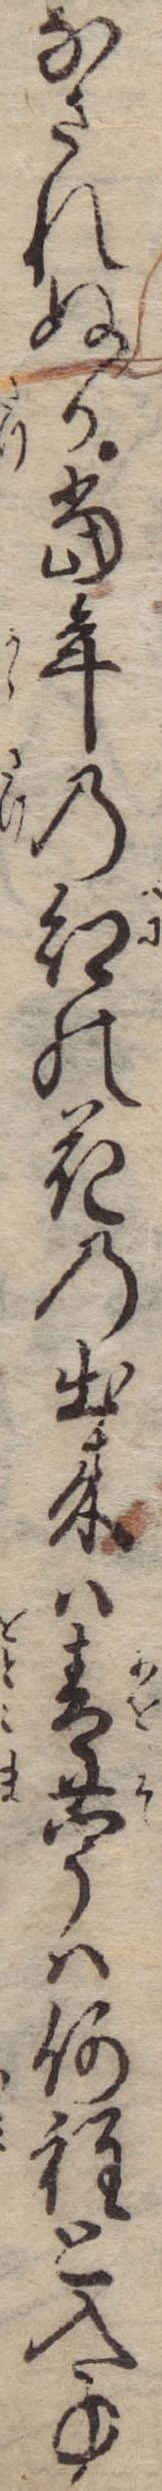
なされぬか当年の紅の花の出来は青苧は何程と入事